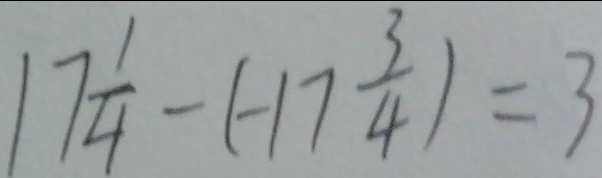
1 7 \frac { 1 } { 4 } - ( - 1 7 \frac { 3 } { 4 } ) = 3